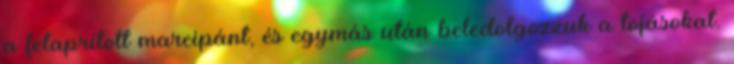
a felaprított marcipánt, és egymás után beledolgozzuk a tojásokat.